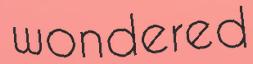
wondered